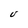
Character: V